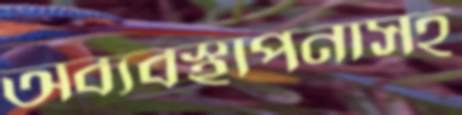
অব্যবস্থাপনাসহ